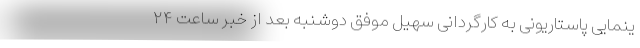
ینمایی پاستاریونی به کارگردانی سهیل موفق دوشنبه بعد از خبر ساعت ۲۴